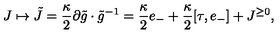
J \mapsto \tilde { J } = \frac { \kappa } { 2 } \partial \tilde { g } \cdot \tilde { g } ^ { - 1 } = \frac { \kappa } { 2 } e _ { - } + \frac { \kappa } { 2 } [ \tau , e _ { - } ] + J ^ { \geq 0 } ,